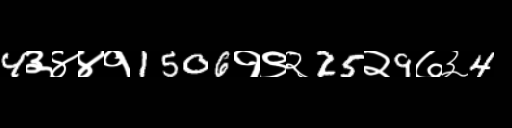
Text: 4३४४१1506१९२25२9७३4